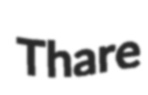
Thare